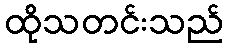
ထိုသတင်းသည်